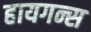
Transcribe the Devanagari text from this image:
हायगन्स